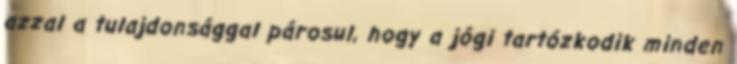
azzal a tulajdonsággal párosul, hogy a jógi tartózkodik minden